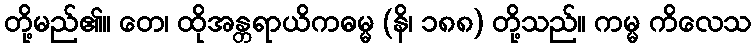
တို့မည်၏။ တေ၊ ထိုအန္တရာယိကဓမ္မ (နိ၊ ၁၈၈) တို့သည်။ ကမ္မ ကိလေသ